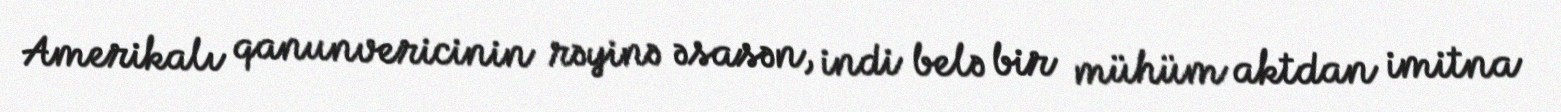
Amerikalı qanunvericinin rəyinə əsasən, indi belə bir mühüm aktdan imitna